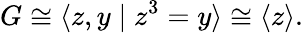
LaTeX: G\cong\langle z,y\mid z^{3}=y\rangle\cong\langle z\rangle.